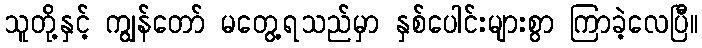
သူတို့နှင့် ကျွန်တော် မတွေ့ရသည်မှာ နှစ်ပေါင်းများစွာ ကြာခဲ့လေပြီ။